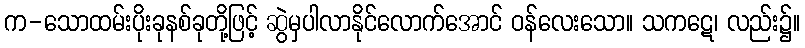
က-သောထမ်းပိုးခုနစ်ခုတို့ဖြင့် ဆွဲမှပါလာနိုင်လောက်အောင် ဝန်လေးသော။ သကဋေ၊ လည်း၌။